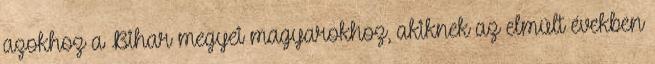
azokhoz a Bihar megyei magyarokhoz, akiknek az elmúlt években